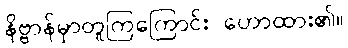
နိဗ္ဗာန်မှာတူကြကြောင်း ဟောထား၏။